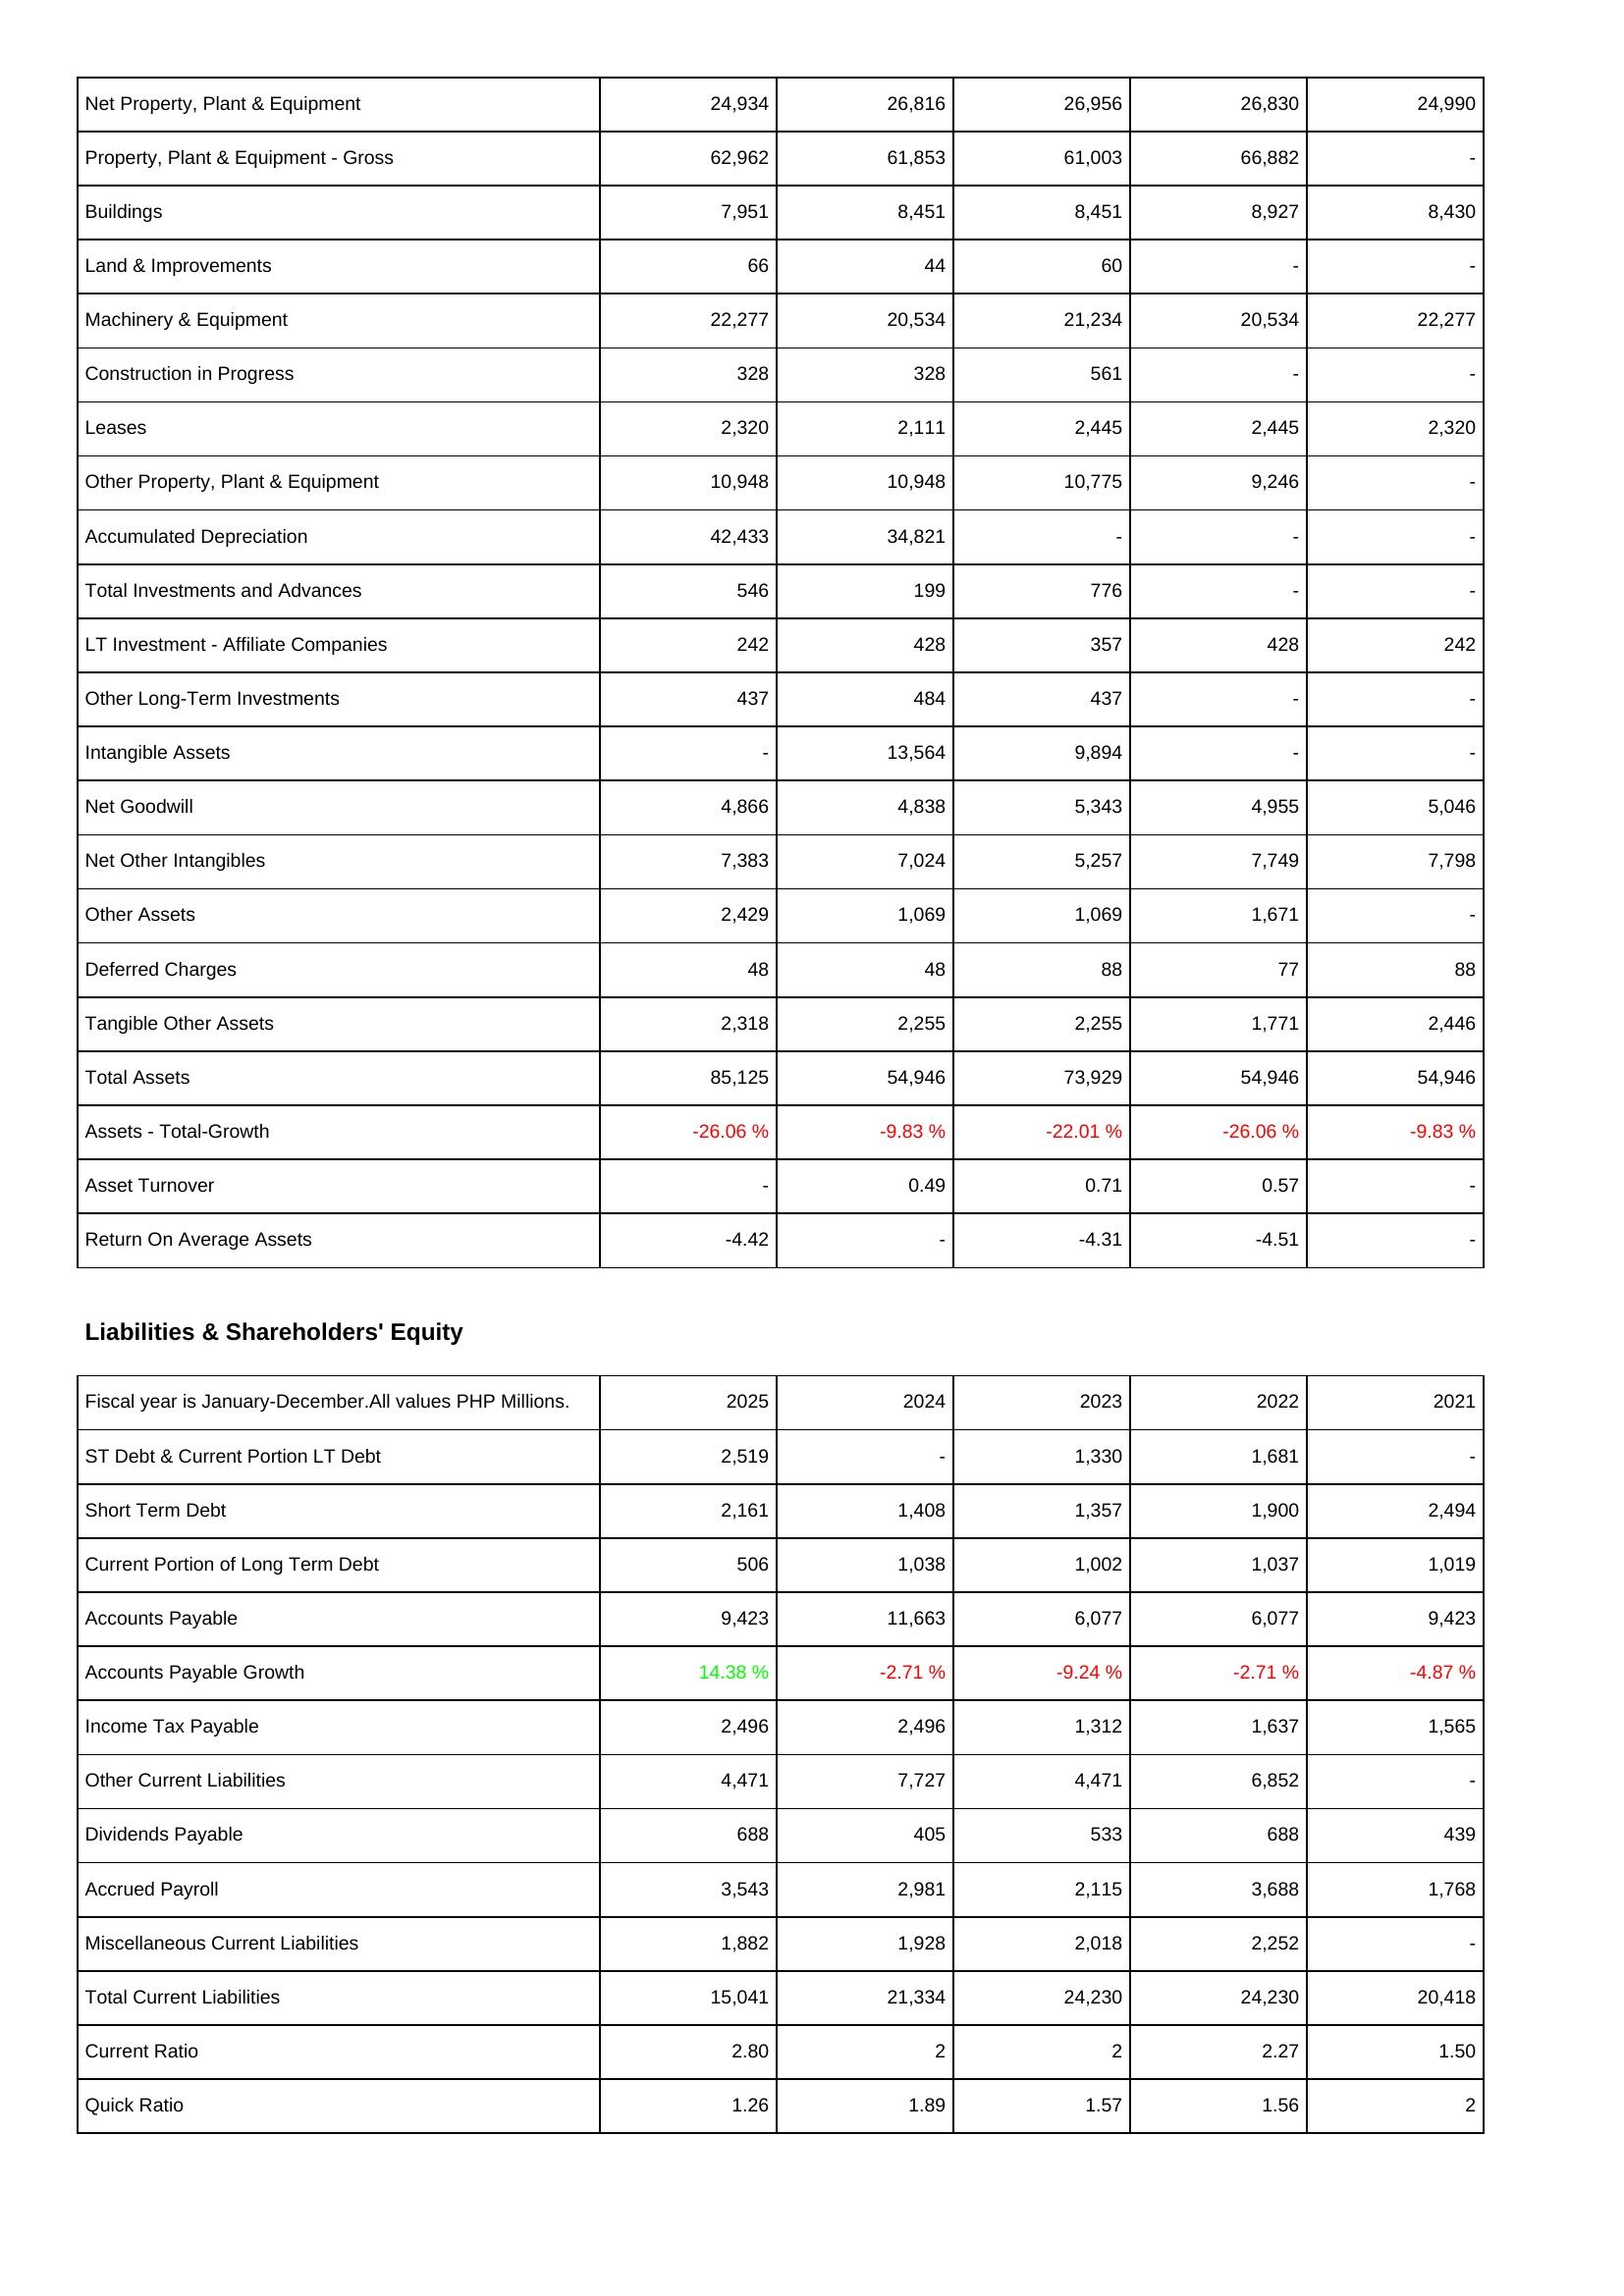
2025: Assets: Net Property, Plant & Equipment: 24,934
Property, Plant & Equipment - Gross: 62,962
Buildings: 7,951
Land & Improvements: 66
Machinery & Equipment: 22,277
Construction in Progress: 328
Leases: 2,320
Other Property, Plant & Equipment: 10,948
Accumulated Depreciation: 42,433
Total Investments and Advances: 546
LT Investment - Affiliate Companies: 242
Other Long-Term Investments: 437
Intangible Assets: -
Net Goodwill: 4,866
Net Other Intangibles: 7,383
Other Assets: 2,429
Deferred Charges: 48
Tangible Other Assets: 2,318
Total Assets: 85,125
Assets - Total-Growth: -26.06 %
Asset Turnover: -
Return On Average Assets: -4.42
Liabilities & Shareholders' Equity: ST Debt & Current Portion LT Debt: 2,519
Short Term Debt: 2,161
Current Portion of Long Term Debt: 506
Accounts Payable: 9,423
Accounts Payable Growth: 14.38 %
Income Tax Payable: 2,496
Other Current Liabilities: 4,471
Dividends Payable: 688
Accrued Payroll: 3,543
Miscellaneous Current Liabilities: 1,882
Total Current Liabilities: 15,041
Current Ratio: 2.80
Quick Ratio: 1.26
2024: Assets: Net Property, Plant & Equipment: 26,816
Property, Plant & Equipment - Gross: 61,853
Buildings: 8,451
Land & Improvements: 44
Machinery & Equipment: 20,534
Construction in Progress: 328
Leases: 2,111
Other Property, Plant & Equipment: 10,948
Accumulated Depreciation: 34,821
Total Investments and Advances: 199
LT Investment - Affiliate Companies: 428
Other Long-Term Investments: 484
Intangible Assets: 13,564
Net Goodwill: 4,838
Net Other Intangibles: 7,024
Other Assets: 1,069
Deferred Charges: 48
Tangible Other Assets: 2,255
Total Assets: 54,946
Assets - Total-Growth: -9.83 %
Asset Turnover: 0.49
Return On Average Assets: -
Liabilities & Shareholders' Equity: ST Debt & Current Portion LT Debt: -
Short Term Debt: 1,408
Current Portion of Long Term Debt: 1,038
Accounts Payable: 11,663
Accounts Payable Growth: -2.71 %
Income Tax Payable: 2,496
Other Current Liabilities: 7,727
Dividends Payable: 405
Accrued Payroll: 2,981
Miscellaneous Current Liabilities: 1,928
Total Current Liabilities: 21,334
Current Ratio: 2
Quick Ratio: 1.89
2023: Assets: Net Property, Plant & Equipment: 26,956
Property, Plant & Equipment - Gross: 61,003
Buildings: 8,451
Land & Improvements: 60
Machinery & Equipment: 21,234
Construction in Progress: 561
Leases: 2,445
Other Property, Plant & Equipment: 10,775
Accumulated Depreciation: -
Total Investments and Advances: 776
LT Investment - Affiliate Companies: 357
Other Long-Term Investments: 437
Intangible Assets: 9,894
Net Goodwill: 5,343
Net Other Intangibles: 5,257
Other Assets: 1,069
Deferred Charges: 88
Tangible Other Assets: 2,255
Total Assets: 73,929
Assets - Total-Growth: -22.01 %
Asset Turnover: 0.71
Return On Average Assets: -4.31
Liabilities & Shareholders' Equity: ST Debt & Current Portion LT Debt: 1,330
Short Term Debt: 1,357
Current Portion of Long Term Debt: 1,002
Accounts Payable: 6,077
Accounts Payable Growth: -9.24 %
Income Tax Payable: 1,312
Other Current Liabilities: 4,471
Dividends Payable: 533
Accrued Payroll: 2,115
Miscellaneous Current Liabilities: 2,018
Total Current Liabilities: 24,230
Current Ratio: 2
Quick Ratio: 1.57
2022: Assets: Net Property, Plant & Equipment: 26,830
Property, Plant & Equipment - Gross: 66,882
Buildings: 8,927
Land & Improvements: -
Machinery & Equipment: 20,534
Construction in Progress: -
Leases: 2,445
Other Property, Plant & Equipment: 9,246
Accumulated Depreciation: -
Total Investments and Advances: -
LT Investment - Affiliate Companies: 428
Other Long-Term Investments: -
Intangible Assets: -
Net Goodwill: 4,955
Net Other Intangibles: 7,749
Other Assets: 1,671
Deferred Charges: 77
Tangible Other Assets: 1,771
Total Assets: 54,946
Assets - Total-Growth: -26.06 %
Asset Turnover: 0.57
Return On Average Assets: -4.51
Liabilities & Shareholders' Equity: ST Debt & Current Portion LT Debt: 1,681
Short Term Debt: 1,900
Current Portion of Long Term Debt: 1,037
Accounts Payable: 6,077
Accounts Payable Growth: -2.71 %
Income Tax Payable: 1,637
Other Current Liabilities: 6,852
Dividends Payable: 688
Accrued Payroll: 3,688
Miscellaneous Current Liabilities: 2,252
Total Current Liabilities: 24,230
Current Ratio: 2.27
Quick Ratio: 1.56
2021: Assets: Net Property, Plant & Equipment: 24,990
Property, Plant & Equipment - Gross: -
Buildings: 8,430
Land & Improvements: -
Machinery & Equipment: 22,277
Construction in Progress: -
Leases: 2,320
Other Property, Plant & Equipment: -
Accumulated Depreciation: -
Total Investments and Advances: -
LT Investment - Affiliate Companies: 242
Other Long-Term Investments: -
Intangible Assets: -
Net Goodwill: 5,046
Net Other Intangibles: 7,798
Other Assets: -
Deferred Charges: 88
Tangible Other Assets: 2,446
Total Assets: 54,946
Assets - Total-Growth: -9.83 %
Asset Turnover: -
Return On Average Assets: -
Liabilities & Shareholders' Equity: ST Debt & Current Portion LT Debt: -
Short Term Debt: 2,494
Current Portion of Long Term Debt: 1,019
Accounts Payable: 9,423
Accounts Payable Growth: -4.87 %
Income Tax Payable: 1,565
Other Current Liabilities: -
Dividends Payable: 439
Accrued Payroll: 1,768
Miscellaneous Current Liabilities: -
Total Current Liabilities: 20,418
Current Ratio: 1.50
Quick Ratio: 2